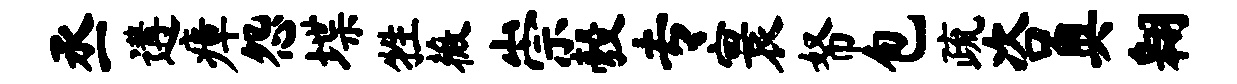
丞遘瘴怨堞牲薇崇彀专寰帑包疏咨奥翱